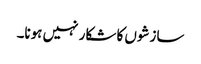
سازشوں کا شکار نہیں ہونا۔